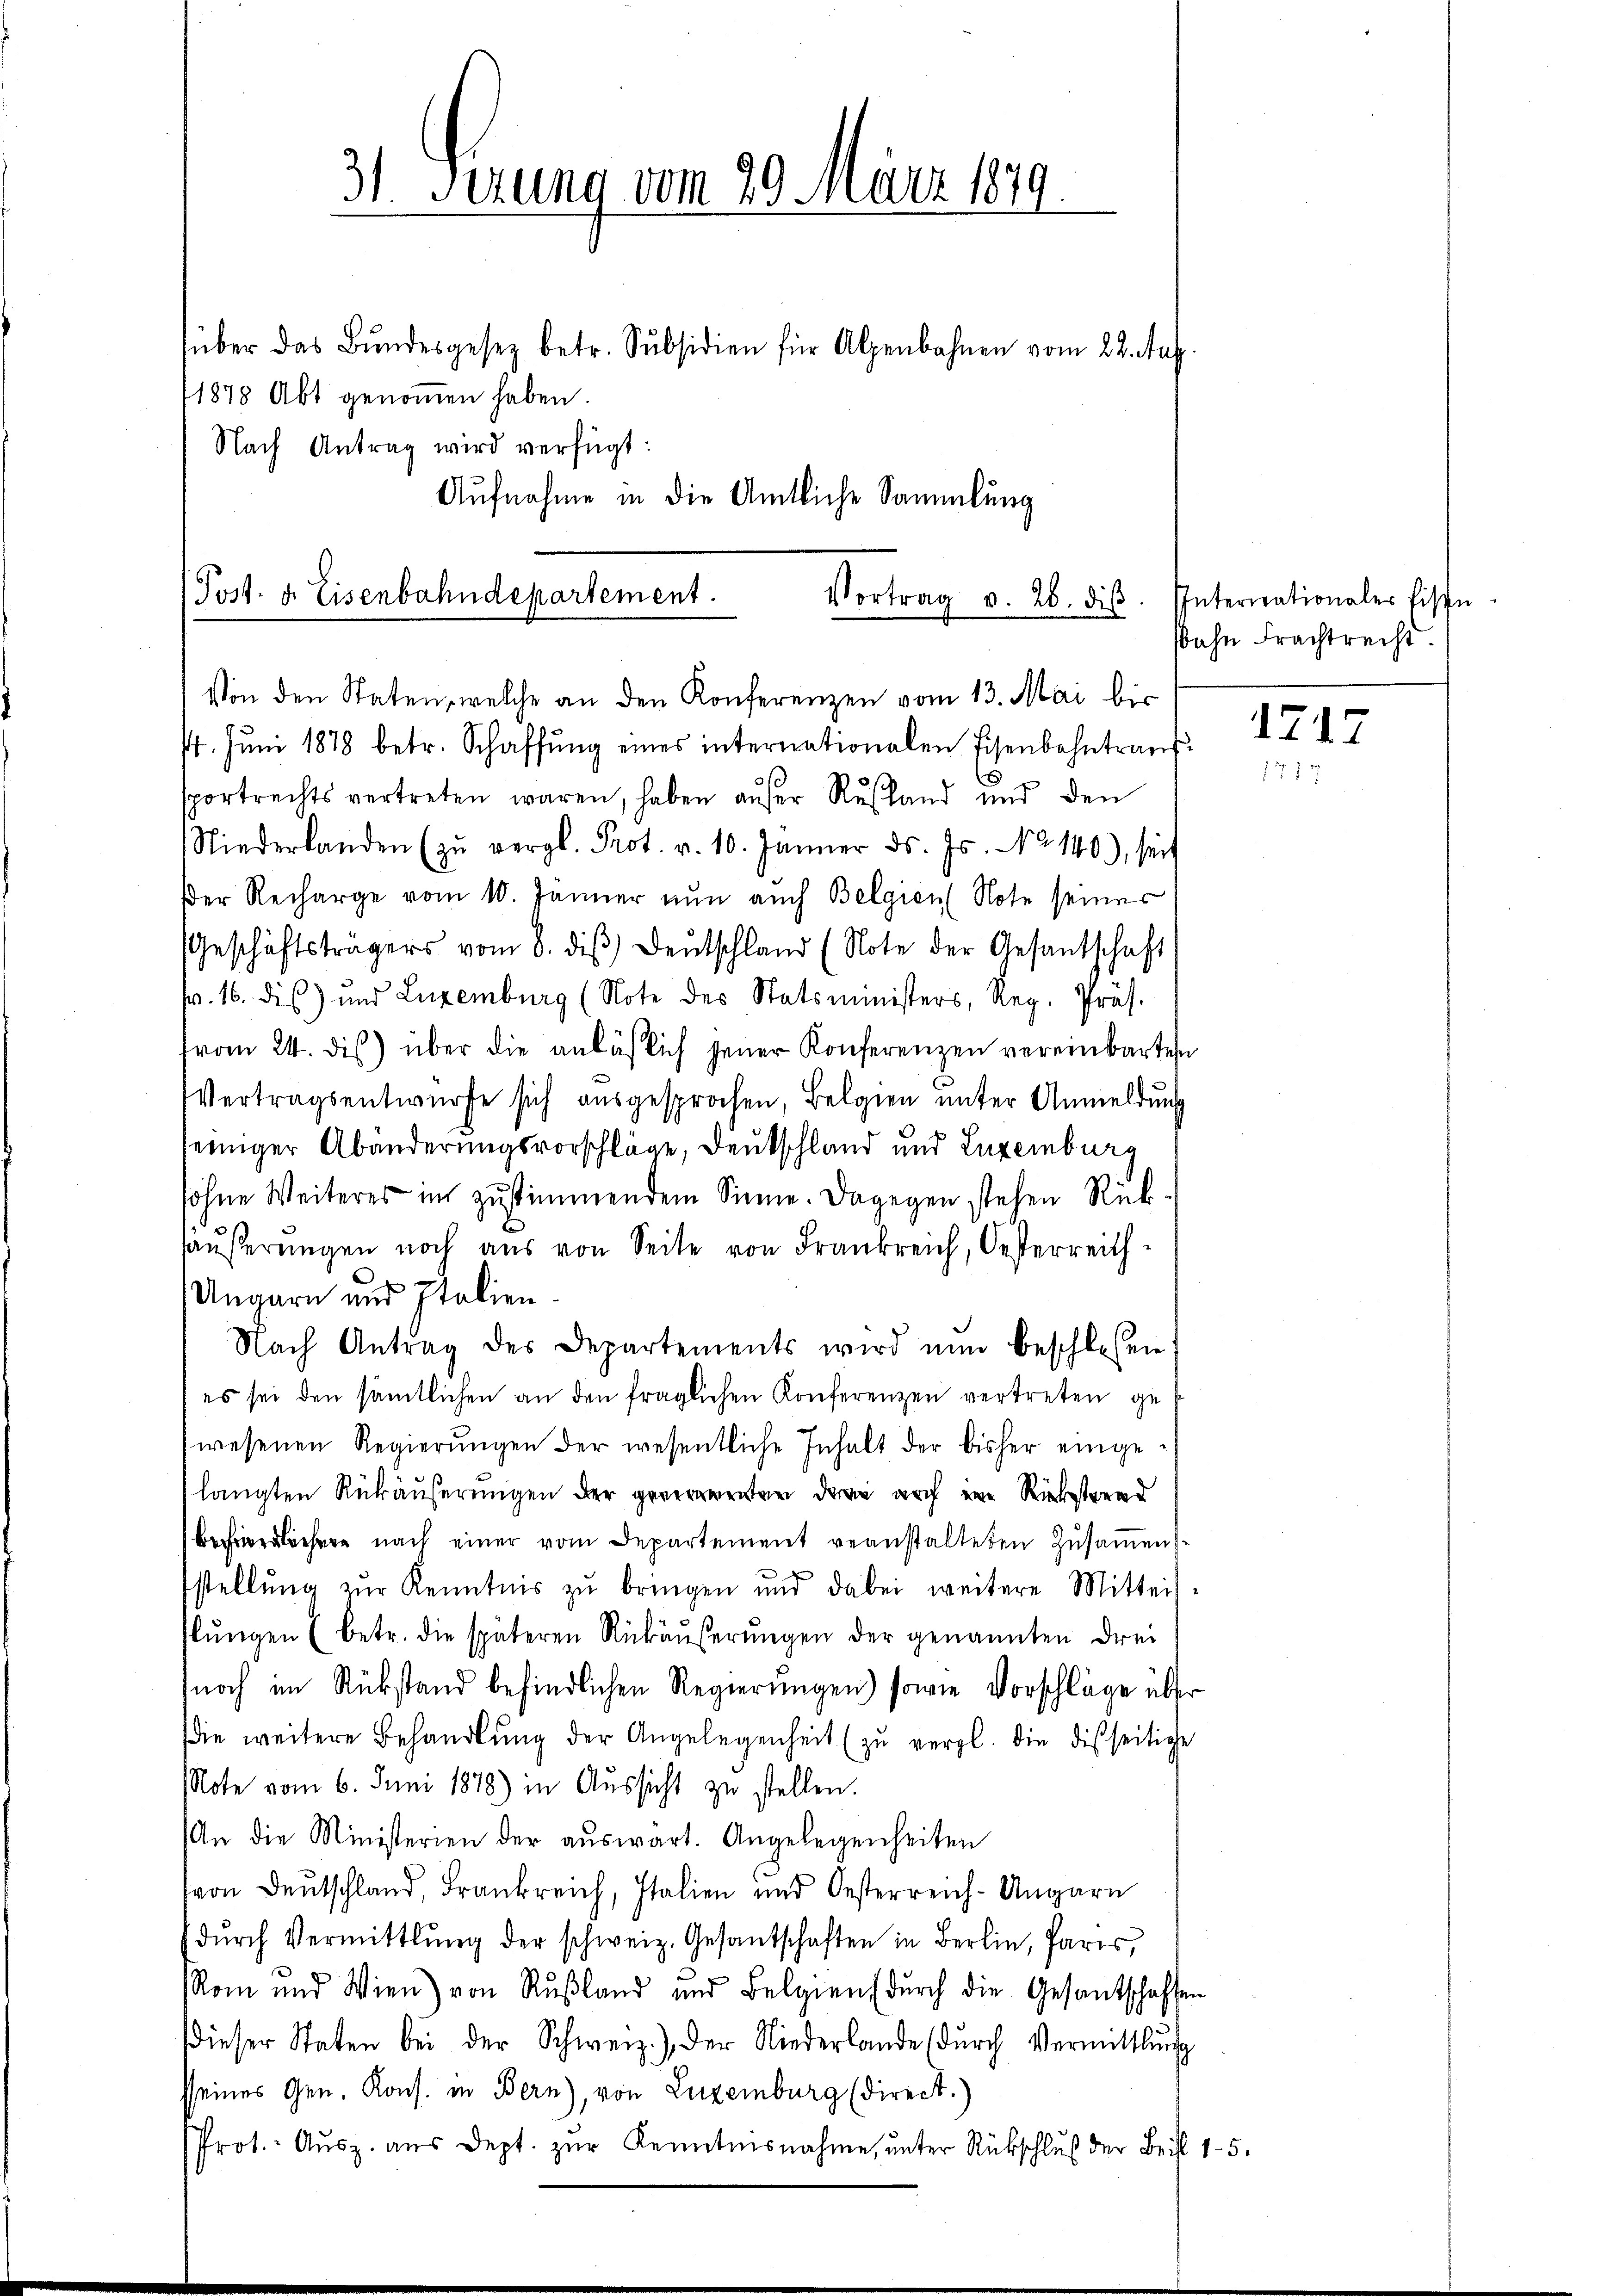
31 Serung vom 20. März 1879
über das Bŭndesgesetz betr. Subsidien für Alpenbahnen vom 22. Aug
1878 Abt genommen haben.
Nach Antrag wird verfügt:
Aufnahme in die Amtliche Sammlung

Post- u. Eisenbahndepartement.
Vortrag v. 26. diβ
Von den Staten, welche an den Konferenzen vom 13. Mai bis

. Jŭni 1878 betr. Schaffŭng eines internationalen Eisenbahntraŭf
sportrechts vertreten waren, haben außer Rußland und den
Niederlanden (zŭ vergl. Prot. v. 10. Jänner ds. Js. No 140), seit
Der Recharge vom 10. Jänner nun auch Belgien (Note seiner
Geschäftsträgers vom 8. diβ deŭtschland (Note der Gesantschaft
w. 16. dis) und Luxenburg (Note des Statsministers, Reg. Präs.
vom 24. dis) über die anläßlich jener Konferenzen vereinbarten
Vertragsentwurfe sich ausgesprochen, Belgien unter Anmeldung
seiniger Abänderungsvorschläge, Deutschland und Luxemburg
sohne Weiteres im zŭstimmendem Sinne. Dagegen stehen Rück-
häŭserŭngen noch aus von Seite von Frankreich, Oesterreich-
Ungarn und Italien-
Nach Antrag des Departements wird nun beschlossen:
es sei den sämtlichen an den fraglichen Konferenzen vertreten ge-
wesenen Regierŭngen der wesentliche Inhalt der bisher eingelangten Rükäußerungen der generamenten, dann auch eine Rückstand
Befriedlichen nach einer vom Departement veanstalteten Zusammenstellŭng zŭr Kenntnis zŭ bringen und dabei weitere Mitteil-
flŭngen (betr. die späteren Rükäŭβerŭngen der genannten drei
noch im Rückstand befindlichen Regierungen sowie Vorschläge über
die weitere Behandlŭng der Angelegenheit (zŭ vergl. die disseitige
Note vom 6. Juni 1878 in Aŭssicht zu stellen.
An die Ministerien der aŭswart. Angelegenheiten
von Deutschland, Frankreich, Italien und Oesterreich-Ungarn
dŭrch Vermittlung der schweiz. Gesantschaften in Berlin, Paris,
Rom und Wien) von Rußland und Belgien dŭrch die Gesantschaften
dieser Staten bei der Schweiz.) der Niederlande (durch Vermittlung
sseines Gen. Kons. in Bern), von Luxenburg (direct.)
Prot. Aŭsz. aŭs dept. zŭr Kenntnisnahme, ŭnter Rückschluß der Beil 1-5.

Interiationaler Eisen
sohn Frachtrecht

1717
1717